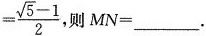
=\frac{ \sqrt{5}-1}{2},则$$MN=___$$.